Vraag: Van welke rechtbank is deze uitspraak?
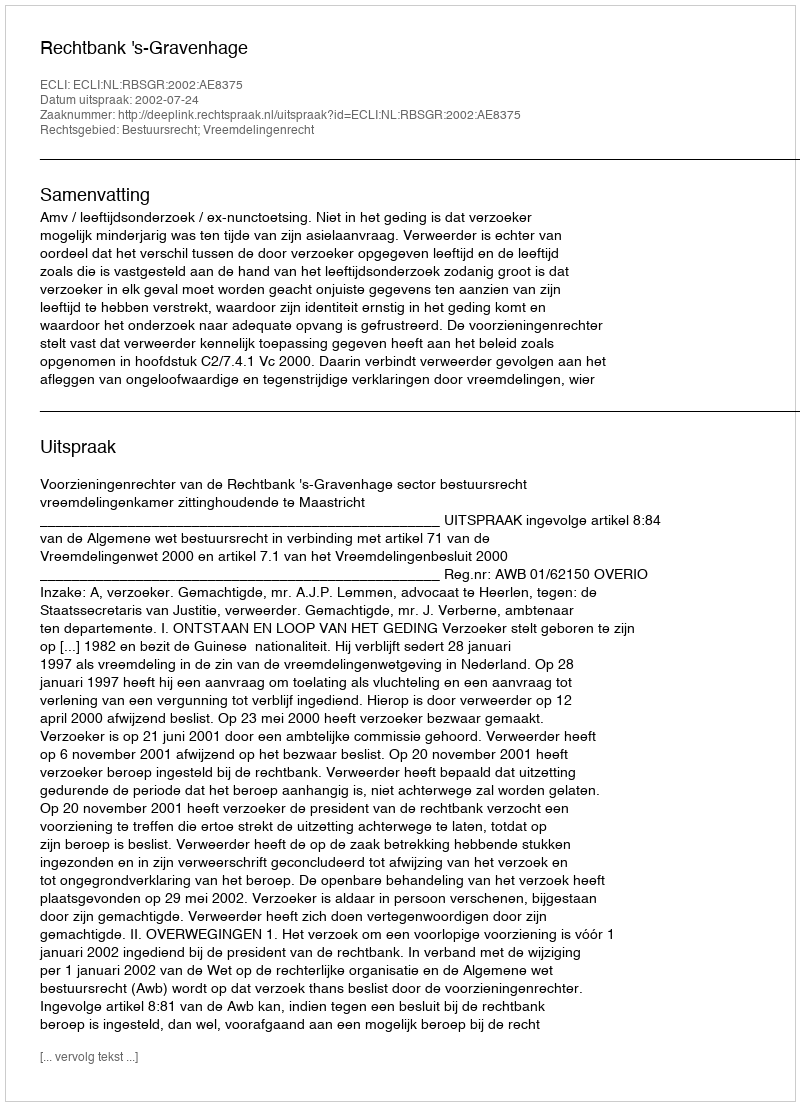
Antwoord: Rechtbank 's-Gravenhage